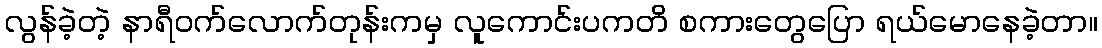
လွန်ခဲ့တဲ့ နာရီဝက်လောက်တုန်းကမှ လူကောင်းပကတိ စကားတွေပြော ရယ်မောနေခဲ့တာ။